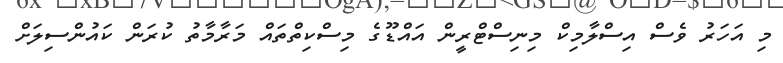
މި އަހަރު ވެސް އިސްލާމިކް މިނިސްޓްރީން އައްޑޫގެ މިސްކިތްތައް މަރާމާތު ކުރަން ކައުންސިލަށް